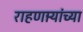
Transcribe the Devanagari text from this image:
राहणार्‍यांच्या